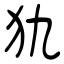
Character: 犰